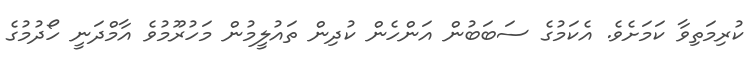
ކުރިމަތިވާ ކަމަށެވެ. އެކަމުގެ ސަބަބުން އަންހެން ކުދިން ތައުލީމުން މަހުރޫމުވެ އާމްދަނީ ހޯދުމުގެ